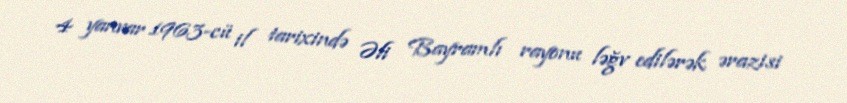
4 yanvar 1963-cü il tarixində Əli Bayramlı rayonu ləğv edilərək ərazisi